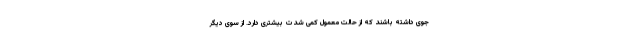
جوی داشته باشند که از حالت معمول کمی شدت بیشتری دارد. از سوی دیگر